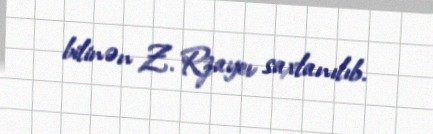
bilinən Z. Rzayev saxlanılıb.